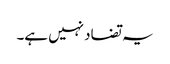
یہ تضاد نہیں ہے۔